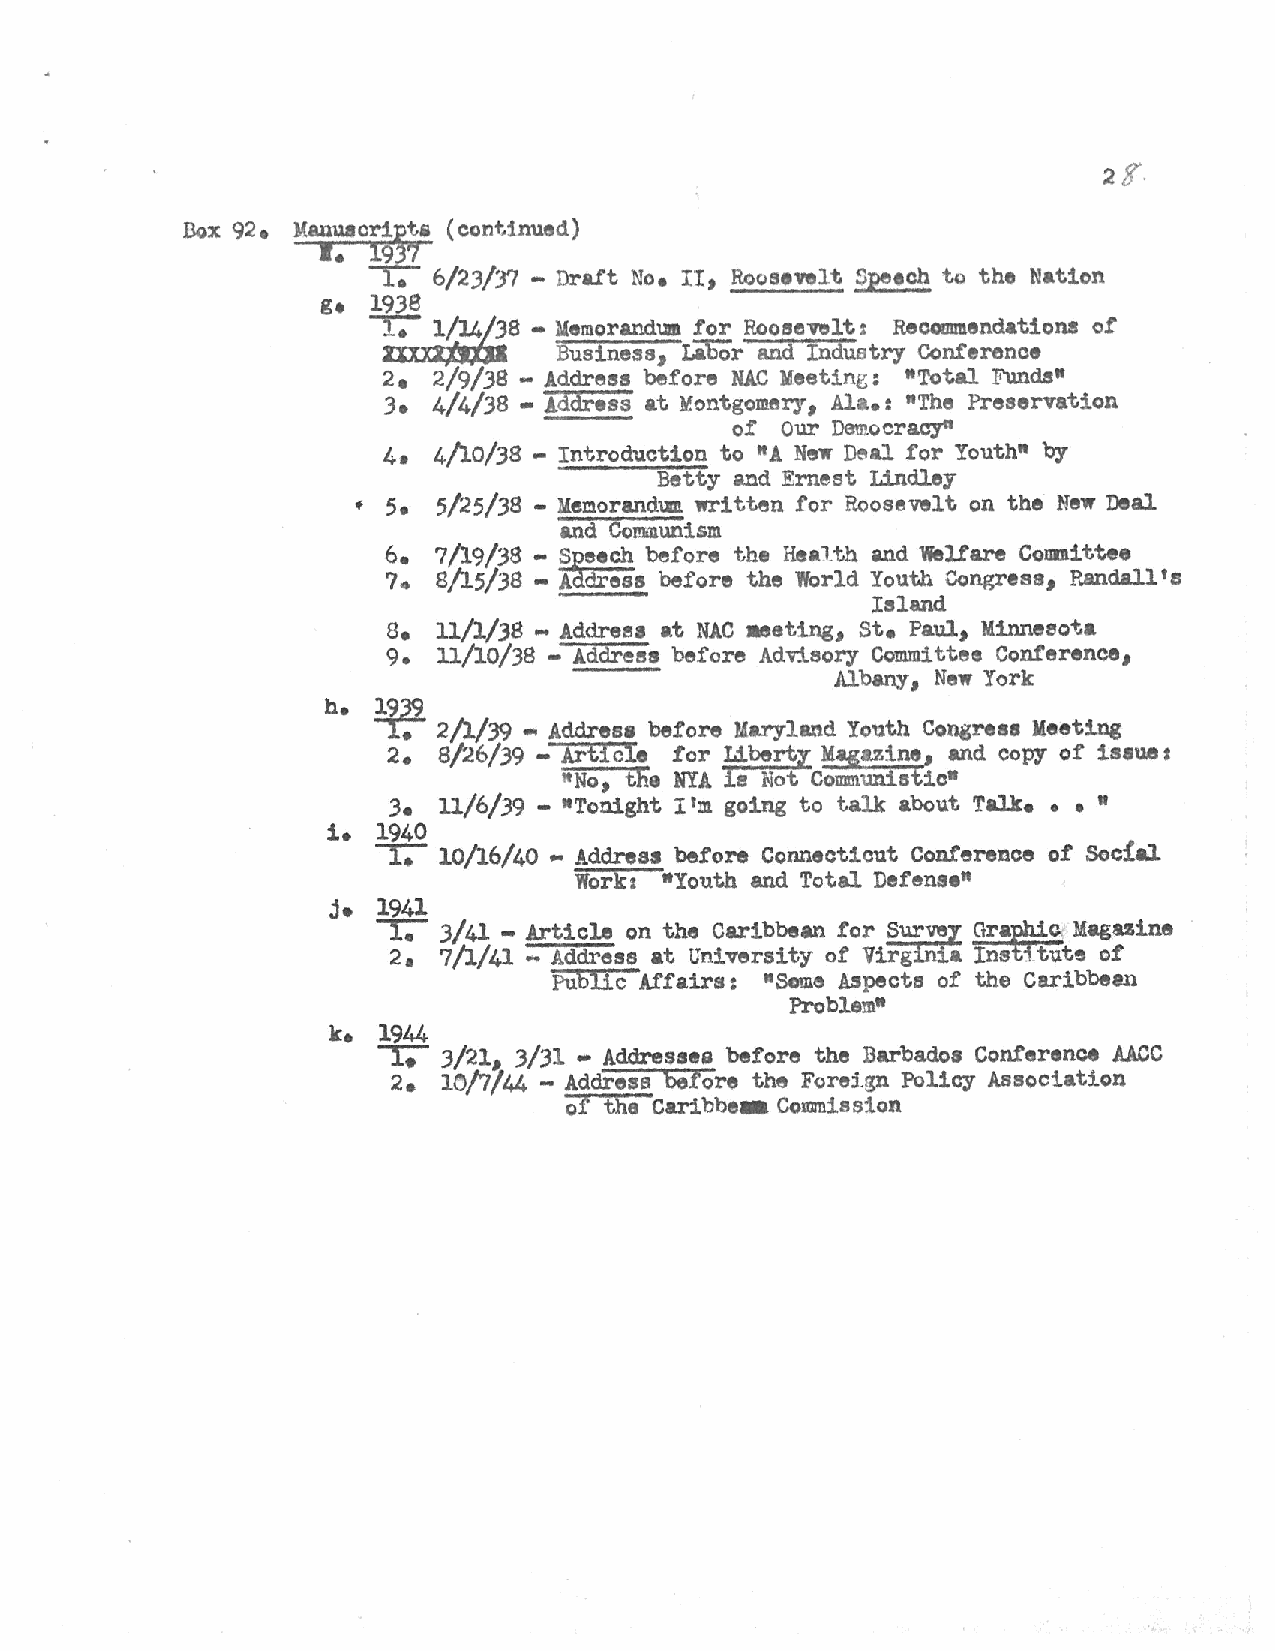
Box 92. Manuaori~t& (continusd)
 •• l9 7
 -r;- 6/23/3'7 - Draft No. II, Roosevelt Speech tQ the Nation
 g. 1938       •
 inxi~~8     Uemorar.d.um !or Roosevelt: ReCQnmendations o!
 Business, Labor and Industry Conference
 2 • 2/9/38 - Address before NAC :Meeting: "Total Funds"
 3•  4/4/38 - Address at Y.ontgomery, Ala.: "Ths Preservation
 of  Our Democracya
 4•  4/10/38 - Introduction to "A New Delal for Youth" by
 Betty imd Ernest Lindley
 ~ 5• 5/25/38 - MeD.orand\111. written for Roosevelt on the New Deal
 and CO!!illunism
 6.  7/19/38 - saeeeh before the Health and Welfare Conmittee
 ?. 8/15/38 - A~ess before the World Youth Congress, P~dall'e
 Island
 8e 11/l/38 - Addree1 at NAC .eating, St. Paul, Minneeota
 9. 11/10/38 - Address before Advisory Committee Conference,
 Albany New York
 1
 h. 1939
 -y;- 2/l/39 - Addresa before Maryland Youth Congress Meeting
 2. 8/26/39 - Article for Liberty Magazine, and copy of issues
 "No, the NYA
 le
 Not Communistic•
 3. ll/6/39 - •Tonight I ':n going to talk about Talk. • • "
 1. 1940
 -r;- 10/16/40 • Address before Connecticut Conference of Soc!al
 Work: •Youth and Total Defense"
 j. -1 r94 .-1
 3/41 - Article on the Caribbean for SurWy Graitc Magazina
 2. 7/1/41 -Address at University of Virg a Ins~ute of
 Public Affairs: •Some Aspects of the Caribbean
 Problem•
 k. 1944
 -r;- J/21 3/31 • Addresses before the Barbados Conference AACC
 1
 2. 10/7744 - Address before the Forsign Policy Association
 of ths Caribbe• Commission